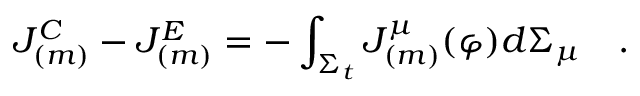
{ \cal J } _ { ( m ) } ^ { C } - { \cal J } _ { ( m ) } ^ { E } = - \int _ { \Sigma _ { t } } J _ { ( m ) } ^ { \mu } ( \varphi ) d \Sigma _ { \mu } ~ ~ ~ .